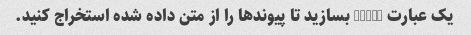
یک عبارت Regex بسازید تا پیوندها را از متن داده شده استخراج کنید.